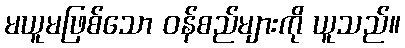
မယူမဖြစ်သော ဝန်စည်များကို ယူသည်။